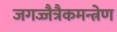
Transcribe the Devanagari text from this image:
जगज्जैत्रैकमन्त्रेण